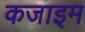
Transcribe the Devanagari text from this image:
कजाइम